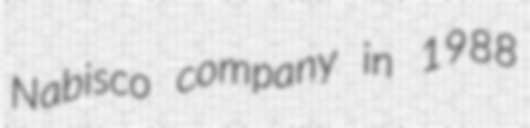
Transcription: Nabisco company in 1988